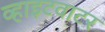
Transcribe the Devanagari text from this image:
व्हाइटवाटर